Vital statistics of India. Vol. IV, Annual returns from 1871 to 1876. British Army of India, Native Army and jails of Bengal
Year: 1871
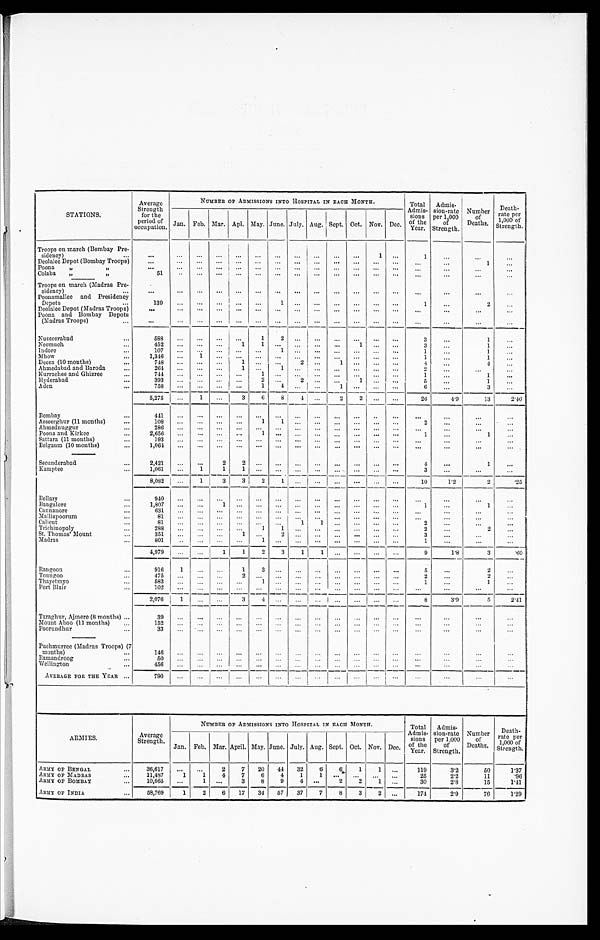
STATIONS.
Average
Strength
for the
period of
occupation.
NUMBER OF ADMISSIONS INTO HOSPITAL IN EACH MONTH.
Total
Admis-
sions
of the
Year.
Admis-
sion-rate
per 1,000
of
Strength.
Number
of
Deaths.
Death-
rate per
1,000 of
Strength.
Jan. Feb. Mar. Apl. May. June. July. Aug. Sept. Oct. Nov. Dec.
Troops on march (Bombay Pre-sidency) . . .
. . .
. . .
. . .
. . .
. . .
. . .
. . .
. . .
. . .
. . .
. . .
1
. . .
1
. . .
. . .
. . .
Deolalee Depot (Bombay Troops) . . .
. . .
. . .
. . .
. . .
. . .
. . .
. . .
. . .
. . .
. . .
. . .
. . .
. . .
. . .
. . .
1
. . .
Poona "
. . .
. . .
. . .
. . .
. . .
. . .
. . .
. . .
. . .
. . .
. . .
. . .
. . .
. . .
. . .
. . .
. . .
Colaba "
51
. . .
. . .
. . .
. . .
. . .
. . .
. . .
. . .
. . .
. . .
. . .
. . .
. . .
. . .
. . .
. . .
Troops on march (Madras Pre
-
sidency) . . .
. . .
. . .
. . .
. . .
. . .
. . .
. . .
. . .
. . .
. . .
. . .
. . .
. . .
. . .
. . .
. . .
. . .
Poonamallee and Presidency
Depots . . .
139
. . .
. . . . . .
. . .
. . .
1
. . .
. . . . . .
. . .
. . .
. . .
1
. . .
2
. . .
Deolalee Depot (Madras Troops)
. . .
. . .
. . .
. . .
. . .
. . .
. . .
. . .
. . .
. . .
. . .
. . .
. . .
. . .
. . .
. . .
. . .
Poona and Bombay Depots
(Madras Troops) . . .
. . .
. . .
. . .
. . .
. . .
. . .
. . .
. . .
. . .
. . .
. . .
. . .
. . .
. . .
. . .
. . .
. . .
Nusseerabad . . .
588
. . .
. . . . . .
. . .
1
2
. . .
. . . . . .
. . .
. . .
. . .
3
. . .
1
. . .
Neemuch . . .
452
. . .
. . .
. . .
1
1
. . .
. . .
. . . . . .
1
. . .
. . .
3
. . .
1
. . .
Indore . . .
1 0 7
. . .
. . .
. . .
. . .
. . .
1 . . .
. . . . . .
. . .
. . .
. . .
1
. . .
1
. . .
Mhow . . .
1,346
. . .
1
. . .
. . .
. . .
. . .
. . .
. . .
. . .
. . .
. . .
. . .
1
. . .
1
. . .
Deesa (10 months) . . .
748
. . .
. . .
. . .
1
. . .
. . .
2
. . .
1
. . .
. . .
. . .
4
. . .
4
. . .
Ahmedabad and Baroda . . .
264
. . .
. . .
. . . 1
. . .
1
. . .
. . .
. . .
. . .
. . .
. . .
2
. . .
. . .
. . .
Kurraehee and Ghizree . . .
7 4 4
. . .
. . .
. . .
. . .
1
. . .
. . .
. . .
. . .
. . .
. . .
. . .
1
. . .
1
. . .
Hyderabad . . .
393
. . .
. . .
. . .
. . .
2
. . . 2
. . .
. . .
1
. . .
. . .
5
. . .
1
. . .
Aden . . .
7 5 8
. . . . . . . . .
. . .
1
4
. . .
. . . 1
. . .
. . .
. . .
6
. . .
3
. . .
5,275
. . .
1 . . .
3
6
8 4
. . .
2
2
. . .
. . .
26
4 . 9
13
2.46
Bombay . . .
411
. . .
. . .
. . .
. . .
. . .
. . . . . .
. . .
. . . . . .
. . .
. . .
. . .
. . .
. . .
. . .
Asseerghur (11 months) . . .
108
. . .
. . .
. . .
. . .
1
1
. . .
. . .
. . . . . .
. . .
. . .
2
. . .
. . .
. . .
Ahmednuggur . . .
2 8 6
. . .
. . .
. . .
. . .
. . .
. . .
. . .
. . .
. . .
. . .
. . .
. . .
. . .
. . .
. . .
. . .
Poona and Kirkee . . .
2,656
. . .
. . .
. . .
. . .
1
. . .
. . .
. . .
. . .
. . .
. . .
. . .
1
. . .
1
. . .
Sattara (11 months) . . .
1 9 3
. . .
. . . . . .
. . .
. . .
. . .
. . .
. . .
. . .
. . .
. . .
. . .
. . .
. . .
. . .
. . .
Belgaum (10 months) . . .
1,064
. . .
. . .
. . .
. . .
. . .
. . .
. . .
. . .
. . .
. . .
. . .
. . .
. . .
. . .
. . .
. . .
Secunderabad . . .
2,421
. . .
. . .
2
2
. . .
. . . . . .
. . . . . .
. . .
. . .
. . .
4
. . .
1
. . .
Kamptee . . .
1,061
. . .
1
1
1
. . .
. . . . . .
. . . . . .
. . .
. . .
. . .
3
. . .
. . .
. . .
8,082
. . .
1
3
3
2
1
. . .
. . .
. . .
. . .
. . .
. . .
10
1.2
2
.25
Bellary . . .
9 4 0
. . .
. . .
. . .
. . .
. . .
. . .
. . .
. . . . . .
. . .
. . .
. . .
. . .
. . .
. . .
. . .
Bangalore . . .
1,807
. . .
. . .
1
. . .
. . .
. . .
. . .
. . .
. . .
. . .
. . .
. . .
1
. . .
1
. . .
Cannanore . . .
631
. . .
. . .
. . .
. . .
. . .
. . . . . .
. . . . . .
. . .
. . .
. . .
. . .
. . .
. . .
. . .
Malliapoorum . . .
81
. . .
. . .
. . .
. . .
. . .
. . . . . .
. . . . . .
. . .
. . .
. . .
. . .
. . .
. . .
. . .
Calicut . . .
81
. . .
. . .
. . .
. . .
. . .
. . .
1
1 . . .
. . .
. . .
. . .
2
. . .
. . .
. . .
Trichinopoly . . .
288
. . .
. . .
. . .
. . .
1
1
. . .
. . . . . .
. . .
. . .
. . .
2
. . .
2
. . .
St. Thomas' Mount . . .
351
. . .
. . .
. . .
1
. . .
2
. . . . . .
. . .
. . .
. . .
. . .
3
. . .
. . .
. . .
Madras . . .
801
. . .
. . .
. . .
. . .
1
. . .
. . .
. . .
. . .
. . .
. . . . . .
1
. . .
. . .
. . .
4,979
. . .
. . .
1
1
2
3 1
1
. . .
. . .
. . .
. . .
9
1.8
3
.60
Rangoon . . .
916
1
. . .
. . .
1
3
. . . . . .
. . . . . .
. . .
. . .
. . .
5
. . .
2
. . .
Toungoo . . .
475
. . .
. . .
. . .
2
. . .
. . . . . .
. . .
. . .
. . .
. . .
. . .
2
. . .
2
. . .
Thayetmyo . . .
583
. . .
. . .
. . .
. . .
1
. . .
. . . . . .
. . .
. . .
. . .
. . .
1
. . .
1
. . .
Port Blair . . .
102
. . .
. . .
. . .
. . .
. . .
. . .
. . .
. . .
. . .
. . .
. . .
. . .
. . .
. . .
. . .
. . .
2,076
1
. . .
. . .
3
4
. . . . . .
. . . . . .
. . .
. . .
. . .
8
3.9
5
2.41
Taraghur, Ajmere (8 months) . . .
39
. . .
. . .
. . .
. . .
. . . . . .
. . .
. . .
. . .
. . .
. . .
. . .
. . .
. . .
. . .
. . .
Mount Aboo (11 months) . . .
152
. . .
. . .
. . .
. . .
. . .
. . .
. . .
. . .
. . .
. . .
. . .
. . .
. . .
. . .
. . .
. . .
Poorundhur . . .
33
. . .
. . .
. . .
. . .
. . .
. . .
. . .
. . .
. . .
. . .
. . .
. . .
. . .
. . .
. . .
. . .
Puchmurree (Madras Troops) (7
months) . . .
146
. . .
. . .
. . .
. . .
. . .
. . . . . .
. . . . . .
. . .
. . .
. . .
. . .
. . .
. . .
. . .
Ramandroog . . .
5 0
. . .
. . .
. . .
. . .
. . .
. . . . . .
. . .
. . .
. . .
. . .
. . .
. . .
. . .
. . .
. . .
Wellington . . .
4 5 6 . . .
. . .
. . .
. . .
. . .
. . .
. . .
. . .
. . .
. . .
. . .
. . .
. . .
. . .
. . .
. . .
AVERAGE FOR THE YEAR . . .
7 9 0
. . .
. . .
. . .
. . .
. . .
. . .
. . .
. . .
. . .
. . .
. . .
. . .
. . .
. . .
. . .
. . .
ARMIES.
Average
Strength.
NUMBER OF ADMISSIONS INTO HOSPITAL IN EACH MONTH.
Total
Admis-
sions
of the
Year.
Admis-
sion-rate
per 1,000
of
Strength.
Number
of
Deaths.
Death-
rate per
1,000 of
Strength.
Jan. Feb. Mar. April. May. June. July. Aug. Sept. Oct. Nov. Dec.
ARMY OP BENGAL . . .
36,617
. . .
. . .
2
7
20
44
32
6
6
1
1 . . .
119
3.2
50
1.37
ARMY OF MADRAS . . .
11,487
1
1
4
7
6
4
1
1
. . .
. . .
. . . . . .
25
2.2
11
.96
A R M Y O F B O M B A Y
10,665
. . .
1
. . .
3
8
9
4 . . .
2
2
1 . . .
3 0
2.8
1 5
1 . 4 1
ARMY OF INDIA . . .
58,769
1
2
6
17
34
57
37
7
8
3
2 . . .
174
2.9
76
1.29